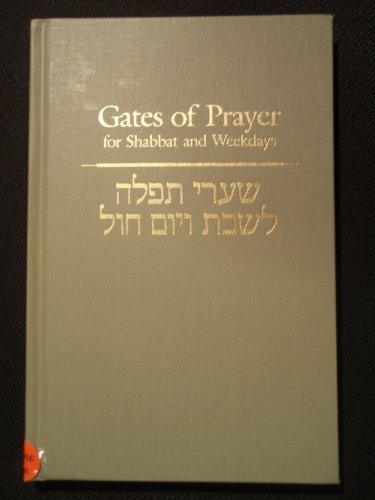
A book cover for Gates of Prayer for Shabbat & Weekdays (English): Gender-Inclusive Edition (English and Hebrew Edition); Chaim Stern; Religion & Spirituality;